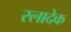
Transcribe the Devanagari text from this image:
स्लादेक